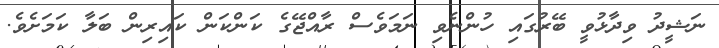
ނަޝީދު ވިދާޅުވީ ބޭރުގައި ހުންނެވި ނަމަވެސް ރާއްޖޭގެ ކަންކަން ކައިރިން ބަލާ ކަމަށެވެ.